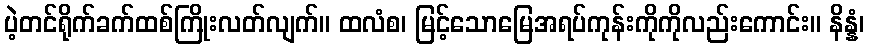
ပဲ့တင်ရိုက်ခက်ထစ်ကြိုးလတ်လျက်။ ထလံစ၊ မြင့်သောမြေအရပ်ကုန်းကိုကိုလည်းကောင်း။ နိန္နံ၊